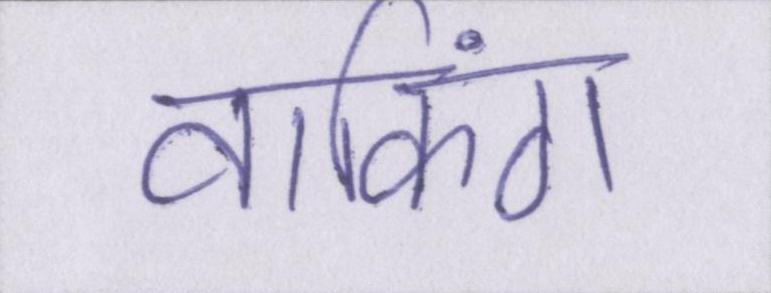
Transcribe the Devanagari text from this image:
वाकिंग